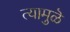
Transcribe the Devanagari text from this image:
त्यामुळॆ